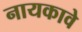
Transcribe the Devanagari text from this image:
नायकावे